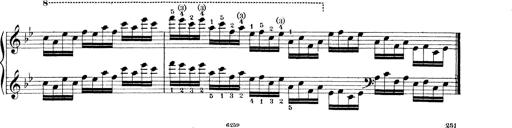
Title: Technische Studien
Composer: Franz Liszt